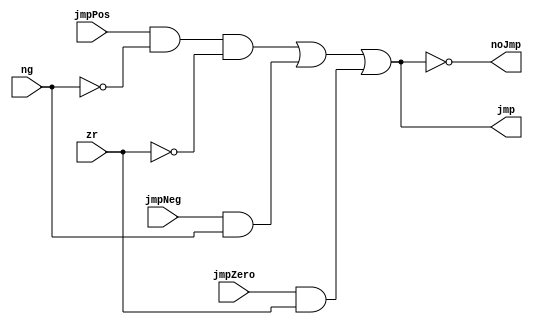
module JumpControl(
   input wire jmpNeg, jmpZero, jmpPos,
   input wire ng, zr,
   output wire jmp, noJmp
);

wire oJmpNeg, oJmpPos, oJmpZero;

assign oJmpPos = jmpPos && (!ng) && (!zr);
assign oJmpNeg = jmpNeg && ng;
assign oJmpZero = jmpZero && zr;

wire doJmp = oJmpPos || oJmpNeg || oJmpZero;
assign jmp = doJmp;
assign noJmp = !doJmp;

endmodule